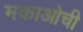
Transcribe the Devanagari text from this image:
मकाओची